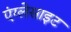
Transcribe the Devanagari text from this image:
एंग्लेसाइट